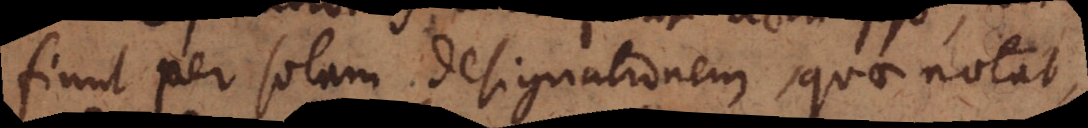
fiunt per solam designationem, quae notat,